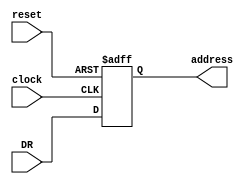
module program_counter (
	input clock, reset,
	input [15:0] DR,
	output [15:0] address);
	
	reg [15:0] val;
	assign address = val;
	
	always @(posedge clock or negedge reset) begin
		if(reset == 1'b0) begin
			val <= 16'b0;
		end else begin
			val <= DR;
		end
	end
	
endmodule